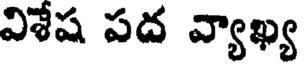
విశేష పద వ్యాఖ్య